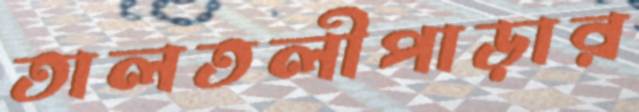
তালতলীপাড়ার